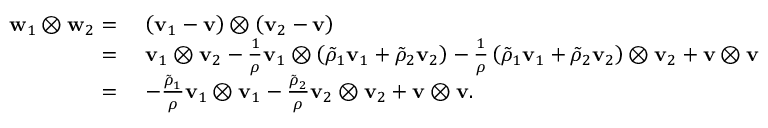
\begin{array} { r l } { \mathbf { w } _ { 1 } \otimes \mathbf { w } _ { 2 } = } & { ~ \left( \mathbf { v } _ { 1 } - \mathbf { v } \right) \otimes \left( \mathbf { v } _ { 2 } - \mathbf { v } \right) } \\ { = } & { ~ \mathbf { v } _ { 1 } \otimes \mathbf { v } _ { 2 } - \frac { 1 } { \rho } \mathbf { v } _ { 1 } \otimes \left( \tilde { \rho } _ { 1 } \mathbf { v } _ { 1 } + \tilde { \rho } _ { 2 } \mathbf { v } _ { 2 } \right) - \frac { 1 } { \rho } \left( \tilde { \rho } _ { 1 } \mathbf { v } _ { 1 } + \tilde { \rho } _ { 2 } \mathbf { v } _ { 2 } \right) \otimes \mathbf { v } _ { 2 } + \mathbf { v } \otimes \mathbf { v } } \\ { = } & { ~ - \frac { \tilde { \rho } _ { 1 } } { \rho } \mathbf { v } _ { 1 } \otimes \mathbf { v } _ { 1 } - \frac { \tilde { \rho } _ { 2 } } { \rho } \mathbf { v } _ { 2 } \otimes \mathbf { v } _ { 2 } + \mathbf { v } \otimes \mathbf { v } . } \end{array}